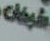
شيخات